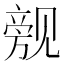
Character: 𲁙